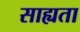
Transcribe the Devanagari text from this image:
साह्यता